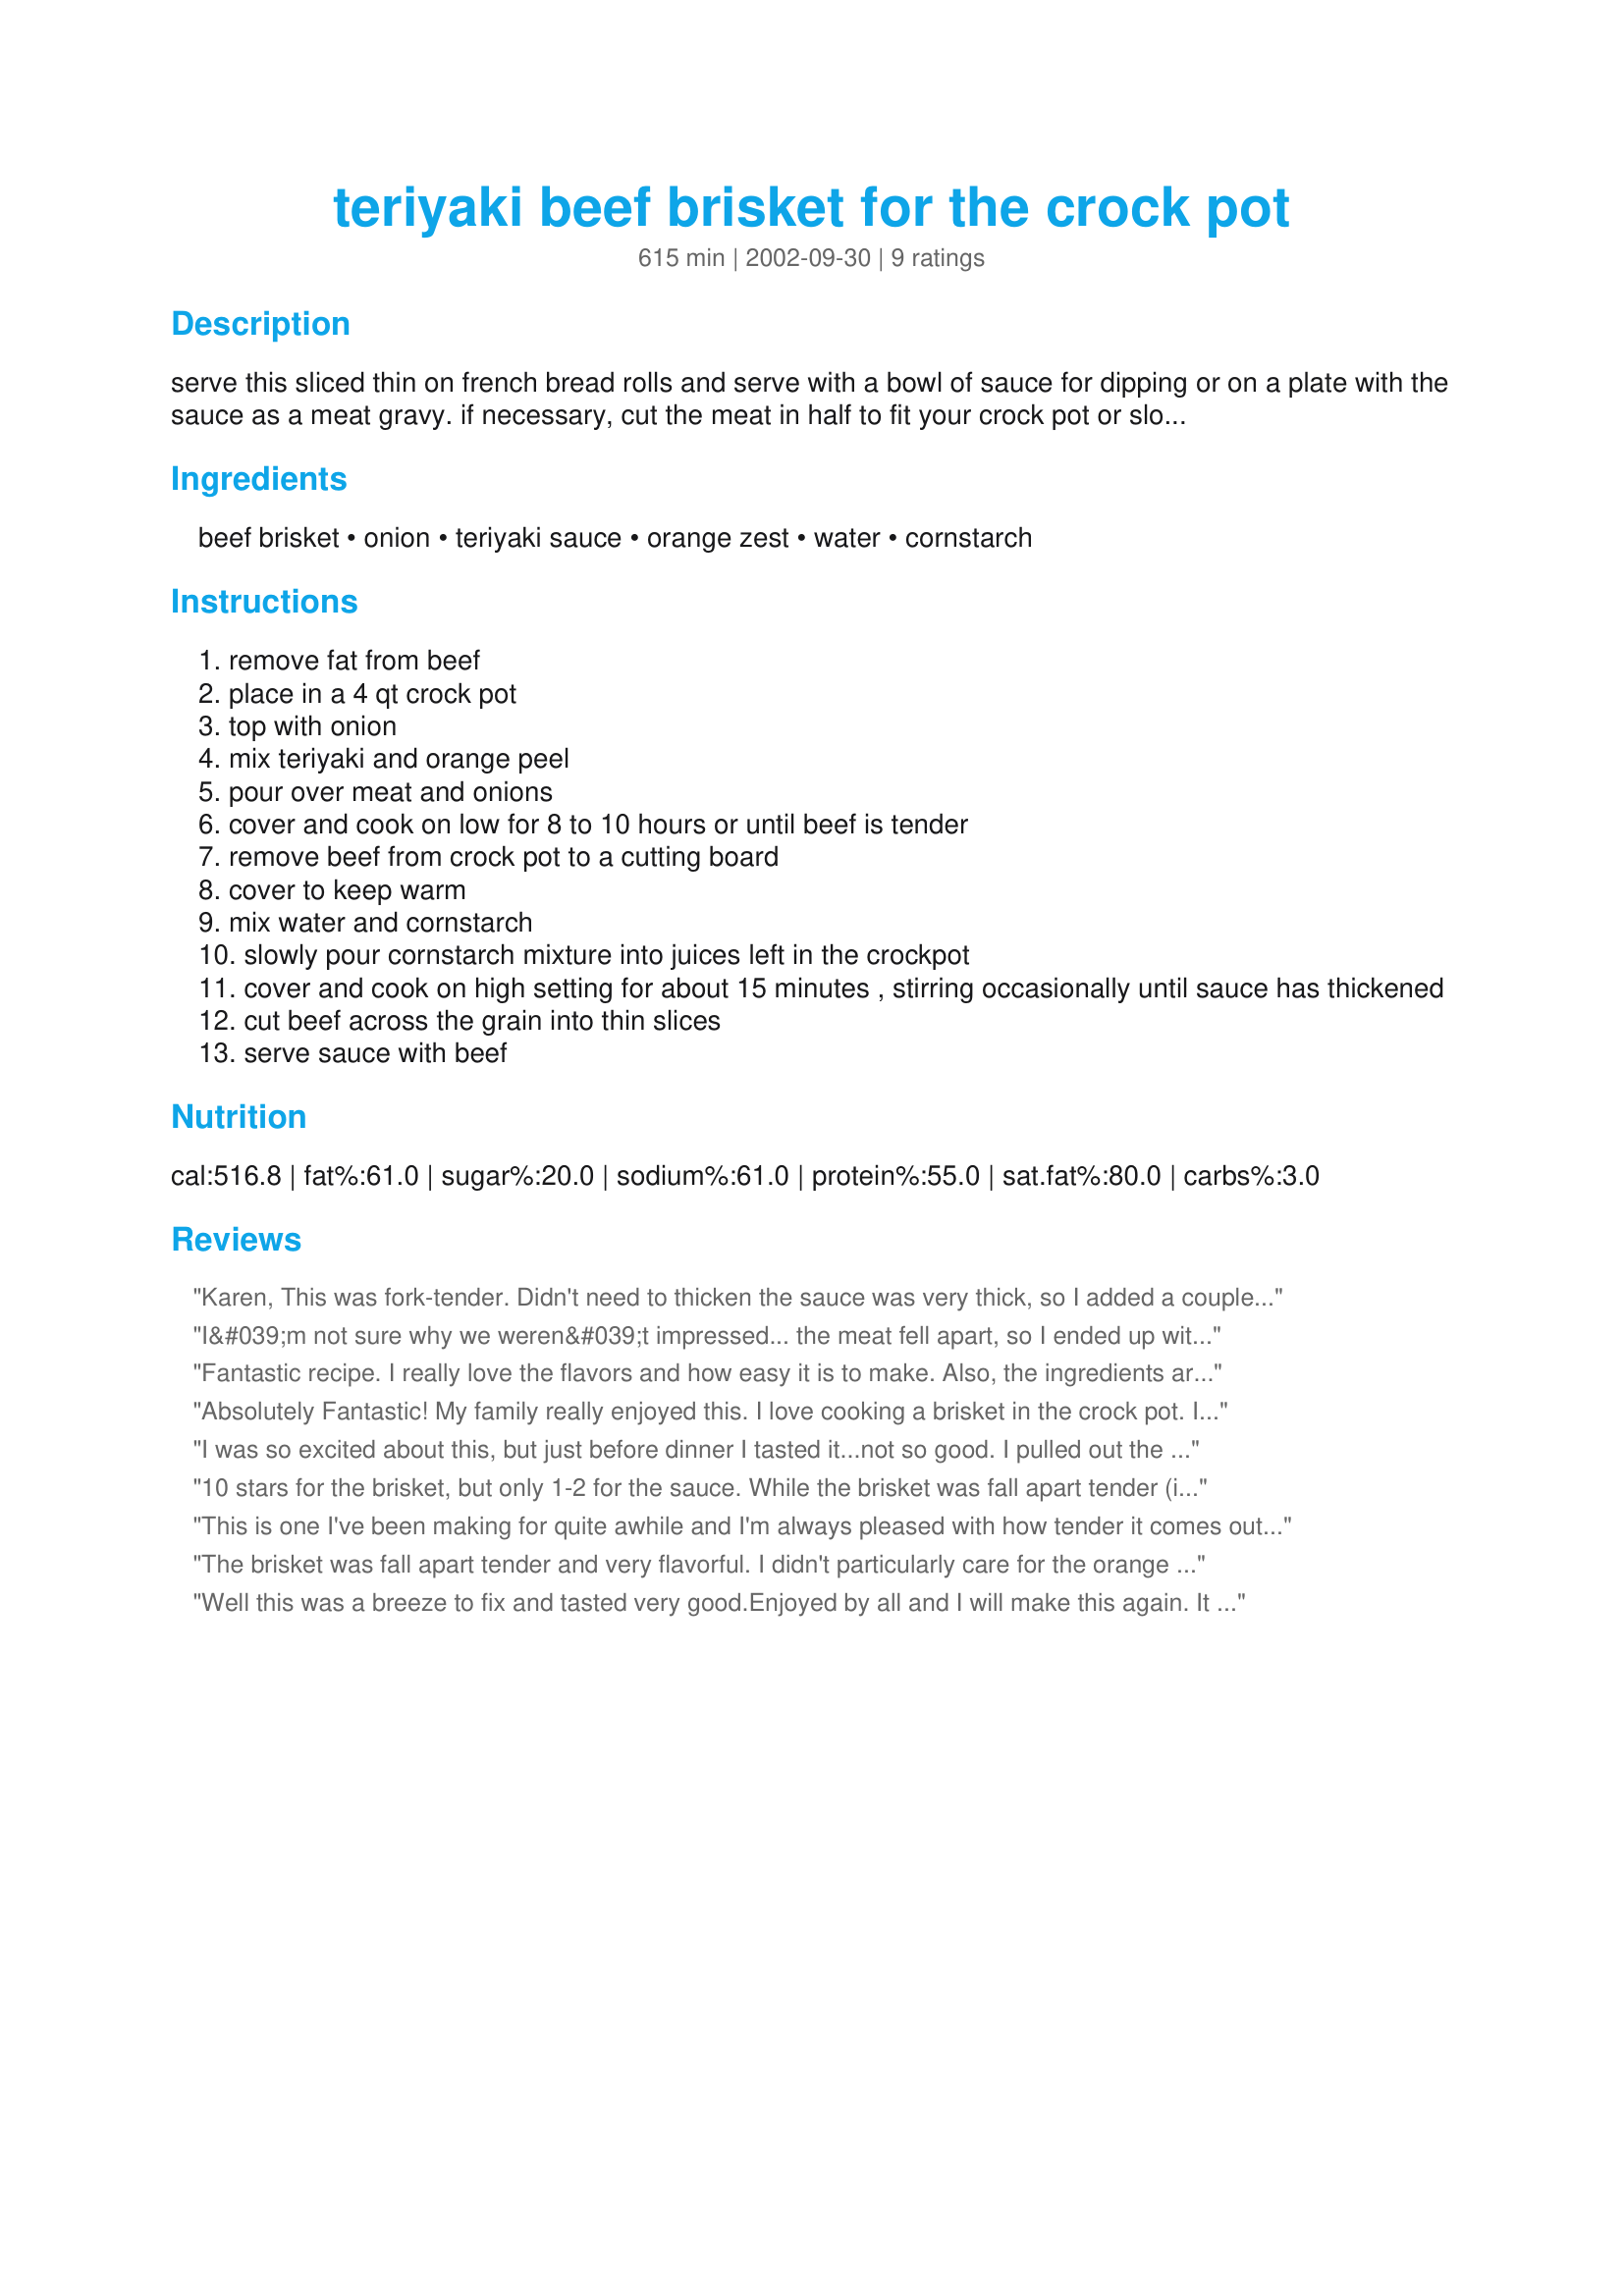
teriyaki beef brisket for the crock pot
Preparation time: 615 minutes

serve this sliced thin on french bread rolls and serve with a bowl of sauce for dipping or on a plate with the sauce as a meat gravy. if necessary, cut the meat in half to fit your crock pot or slow cooker

Ingredients:
beef brisket, onion, teriyaki sauce, orange zest, water, cornstarch

Steps:
remove fat from beef
place in a 4 qt crock pot
top with onion
mix teriyaki and orange peel
pour over meat and onions
cover and cook on low for 8 to 10 hours or until beef is tender
remove beef from crock pot to a cutting board
cover to keep warm
mix water and cornstarch
slowly pour cornstarch mixture into juices left in the crockpot
cover and cook on high setting for about 15 minutes , stirring occasionally until sauce has thickened
cut beef across the grain into thin slices
serve sauce with beef

Reviews:
Karen, This was fork-tender. Didn't need to thicken the sauce was very thick, so I added a couple of tablespoon of OJ. A little salty, but that was my fault for not choosing "low sodium teriyaki sauce". Will make a terrific sandwich tomorrw. Thanks for posting. Caroline
I&#039;m not sure why we weren&#039;t impressed... the meat fell apart, so I ended up with shredded beef. It seemed to have that same-ol-same-ol crockpot taste. Brisket is pretty expensive to be less than thrilled. Sorry.
Fantastic recipe. I really love the flavors and how easy it is to make. Also, the ingredients are generally things I have on hand. The orange zest really adds to the sauce. I used my microplane zester. Also, I added a whole onion, because I love them. If your crockpot tends to cook quickly you may want to use a frozen brisket rather than a thawed one or cut an hour or so off the cooking time. My brisket cooked really fast. Also, if you cannot have or do not like salty foods you may want to use lower sodium teriyaki sauce or dillude the sauce with some water. I promise the recipe will still be delicious if you make it with a low sodium diet/taste in mind.
Absolutely Fantastic! My family really enjoyed this. I love cooking a brisket in the crock pot. It is so tender and can be shredded easily. We served the sauce over the mashed potatoes.
I was so excited about this, but just before dinner I tasted it...not so good. I pulled out the bbq sauce and the ketchup. The meat was tender enough, but not fall apart tender...it's just that the sauce didn't work. I love terriyaki, but somehow, the combination of orange and terriyaki or something left a really bad taste in my mouth. I used a low sodium Kikkoman terriyaki sauce and marinade, but truthfully I couldn't eat it without ketchup. I won't make this again.
10 stars for the brisket, but only 1-2 for the sauce. While the brisket was fall apart tender (it actually was hard to get it out of the crock pot because of that!), and shredded nicely, there was something about the sauce that was just off. The combination of orange and teriyaki was not so good for us. I may give this another try with no orange zest, or I may just try it with BBQ sauce next time. But the crock pot is going to be my new go-to way of cooking brisket!
This is one I've been making for quite awhile and I'm always pleased with how tender it comes out. The orange combines really well with the teriyaki sauce flavor. Easy and impressive.
The brisket was fall apart tender and very flavorful. I didn't particularly care for the orange zest flavor, so I will leave it out next time. The sauce is outstanding and thickens to the correct consistency. It will be a make again recipe for me.
Well this was a breeze to fix and tasted very good.Enjoyed by all and I will make this again. It was slightly less moist than I was expecting, but still very good.Note:There are 2 different types of terijaki, one that the recipe calls for (baste & glaze, which is thick like BBQ sauce) and regular terijaki (sauce & marinade, which is very thin)...I made sure to get the thick kind as specified.
